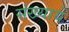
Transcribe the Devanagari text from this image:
संख्यायेँ